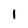
Character: 1